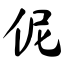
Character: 伲